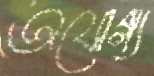
অযোগ্য